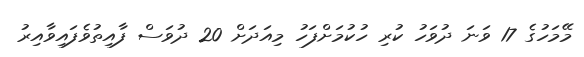
މޭމަހުގެ 17 ވަނަ ދުވަހު ކުރި ހުކުމަށްފަހު މިއަދަށް 20 ދުވަސް ފާއިތުވެފައިވާއިރު